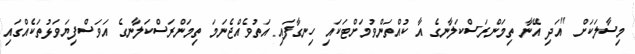
މިސާލަކަށް ''އަދި އޭނާ ތިމަންރަސްކަލާނގެ އާ ކުއްތަންވުމަށްޓަކައި ހިނގާފައި އަތުވެއްޖެނަމަ ތިމަންރަސްކަލާނގެ އަވަސްފިޔަވަޅުތަކެއްގައި